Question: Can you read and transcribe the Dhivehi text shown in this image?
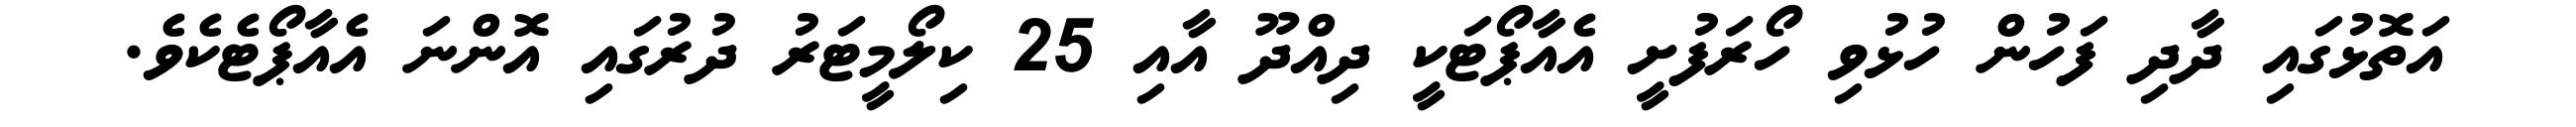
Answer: އަތޮޅުގައި ދާދި ފަހުން ހުޅުވި ހޯރަފުށީ އެއާޕޯޓަކީ ދިއްދޫ އާއި 25 ކިލޯމީޓަރު ދުރުގައި އޮންނަ އެއާޕޯޓެކެވެ.